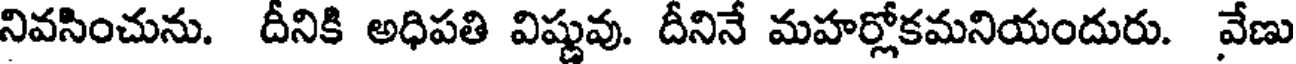
నివసించును. దీనికి అధిపతి విష్ణువు. దీనినే మహర్లోకమనియందురు. వేణు